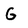
Character: G